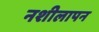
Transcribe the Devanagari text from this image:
नशीलापन